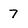
Character: 7